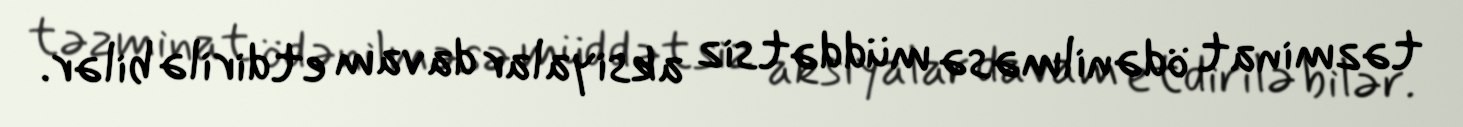
təzminat ödənilməsə müddətsiz aksiyalar davam etdirilə bilər.